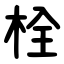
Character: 栓